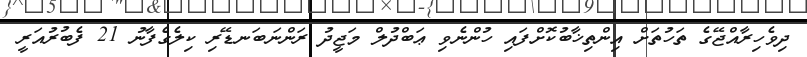
ދިވެހިރާއްޖޭގެ ތަހުތަށް އިންތިޚާބުކޮށްފައި ހުންނެވި ޢަބްދުލް މަޖީދު ރަންނަބަނޑޭރި ކިލެގެފާނު 21 ފެބުރުއަރީ